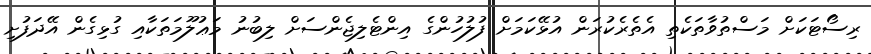
ރިސޯޓަކަށް މަސްތުވާތަކެތި އެތެރެކުރަން އުޅޭކަމަށް ފުލުހުންގެ އިންޓެލިޖެންސަށް ލިބުނު މަޢުލޫމަތަކާއި ގުޅިގެން އޭދަފުށި